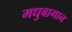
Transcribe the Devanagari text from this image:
मधुबागान